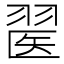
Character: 𦑄